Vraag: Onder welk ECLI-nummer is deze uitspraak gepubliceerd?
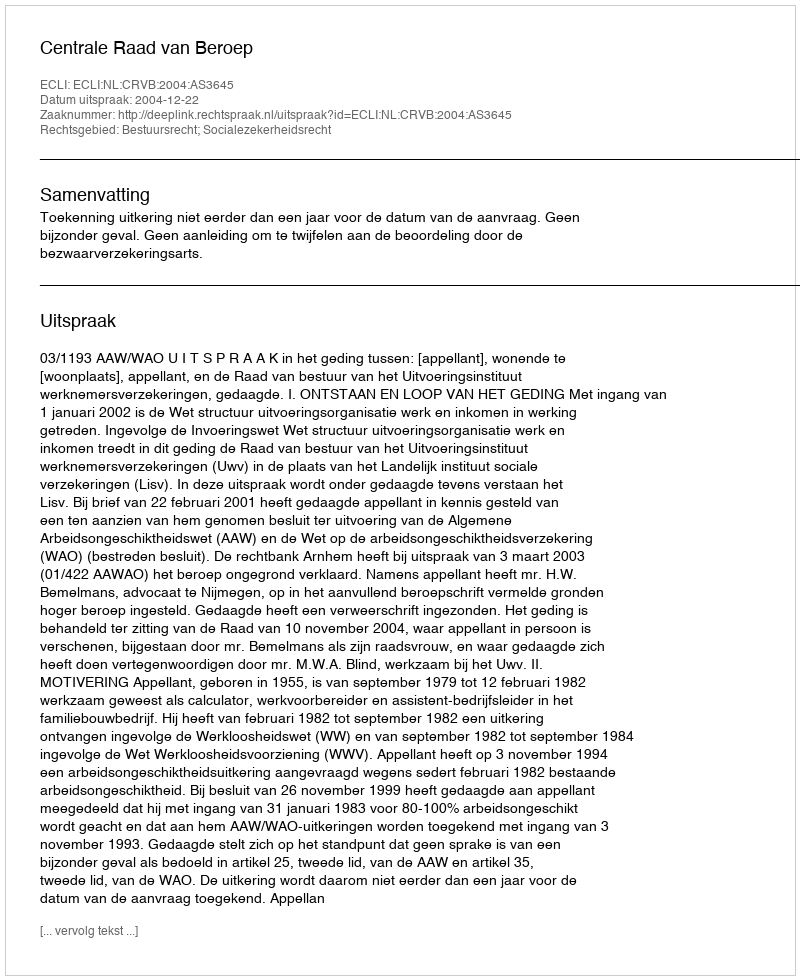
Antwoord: ECLI:NL:CRVB:2004:AS3645